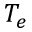
T _ { e }